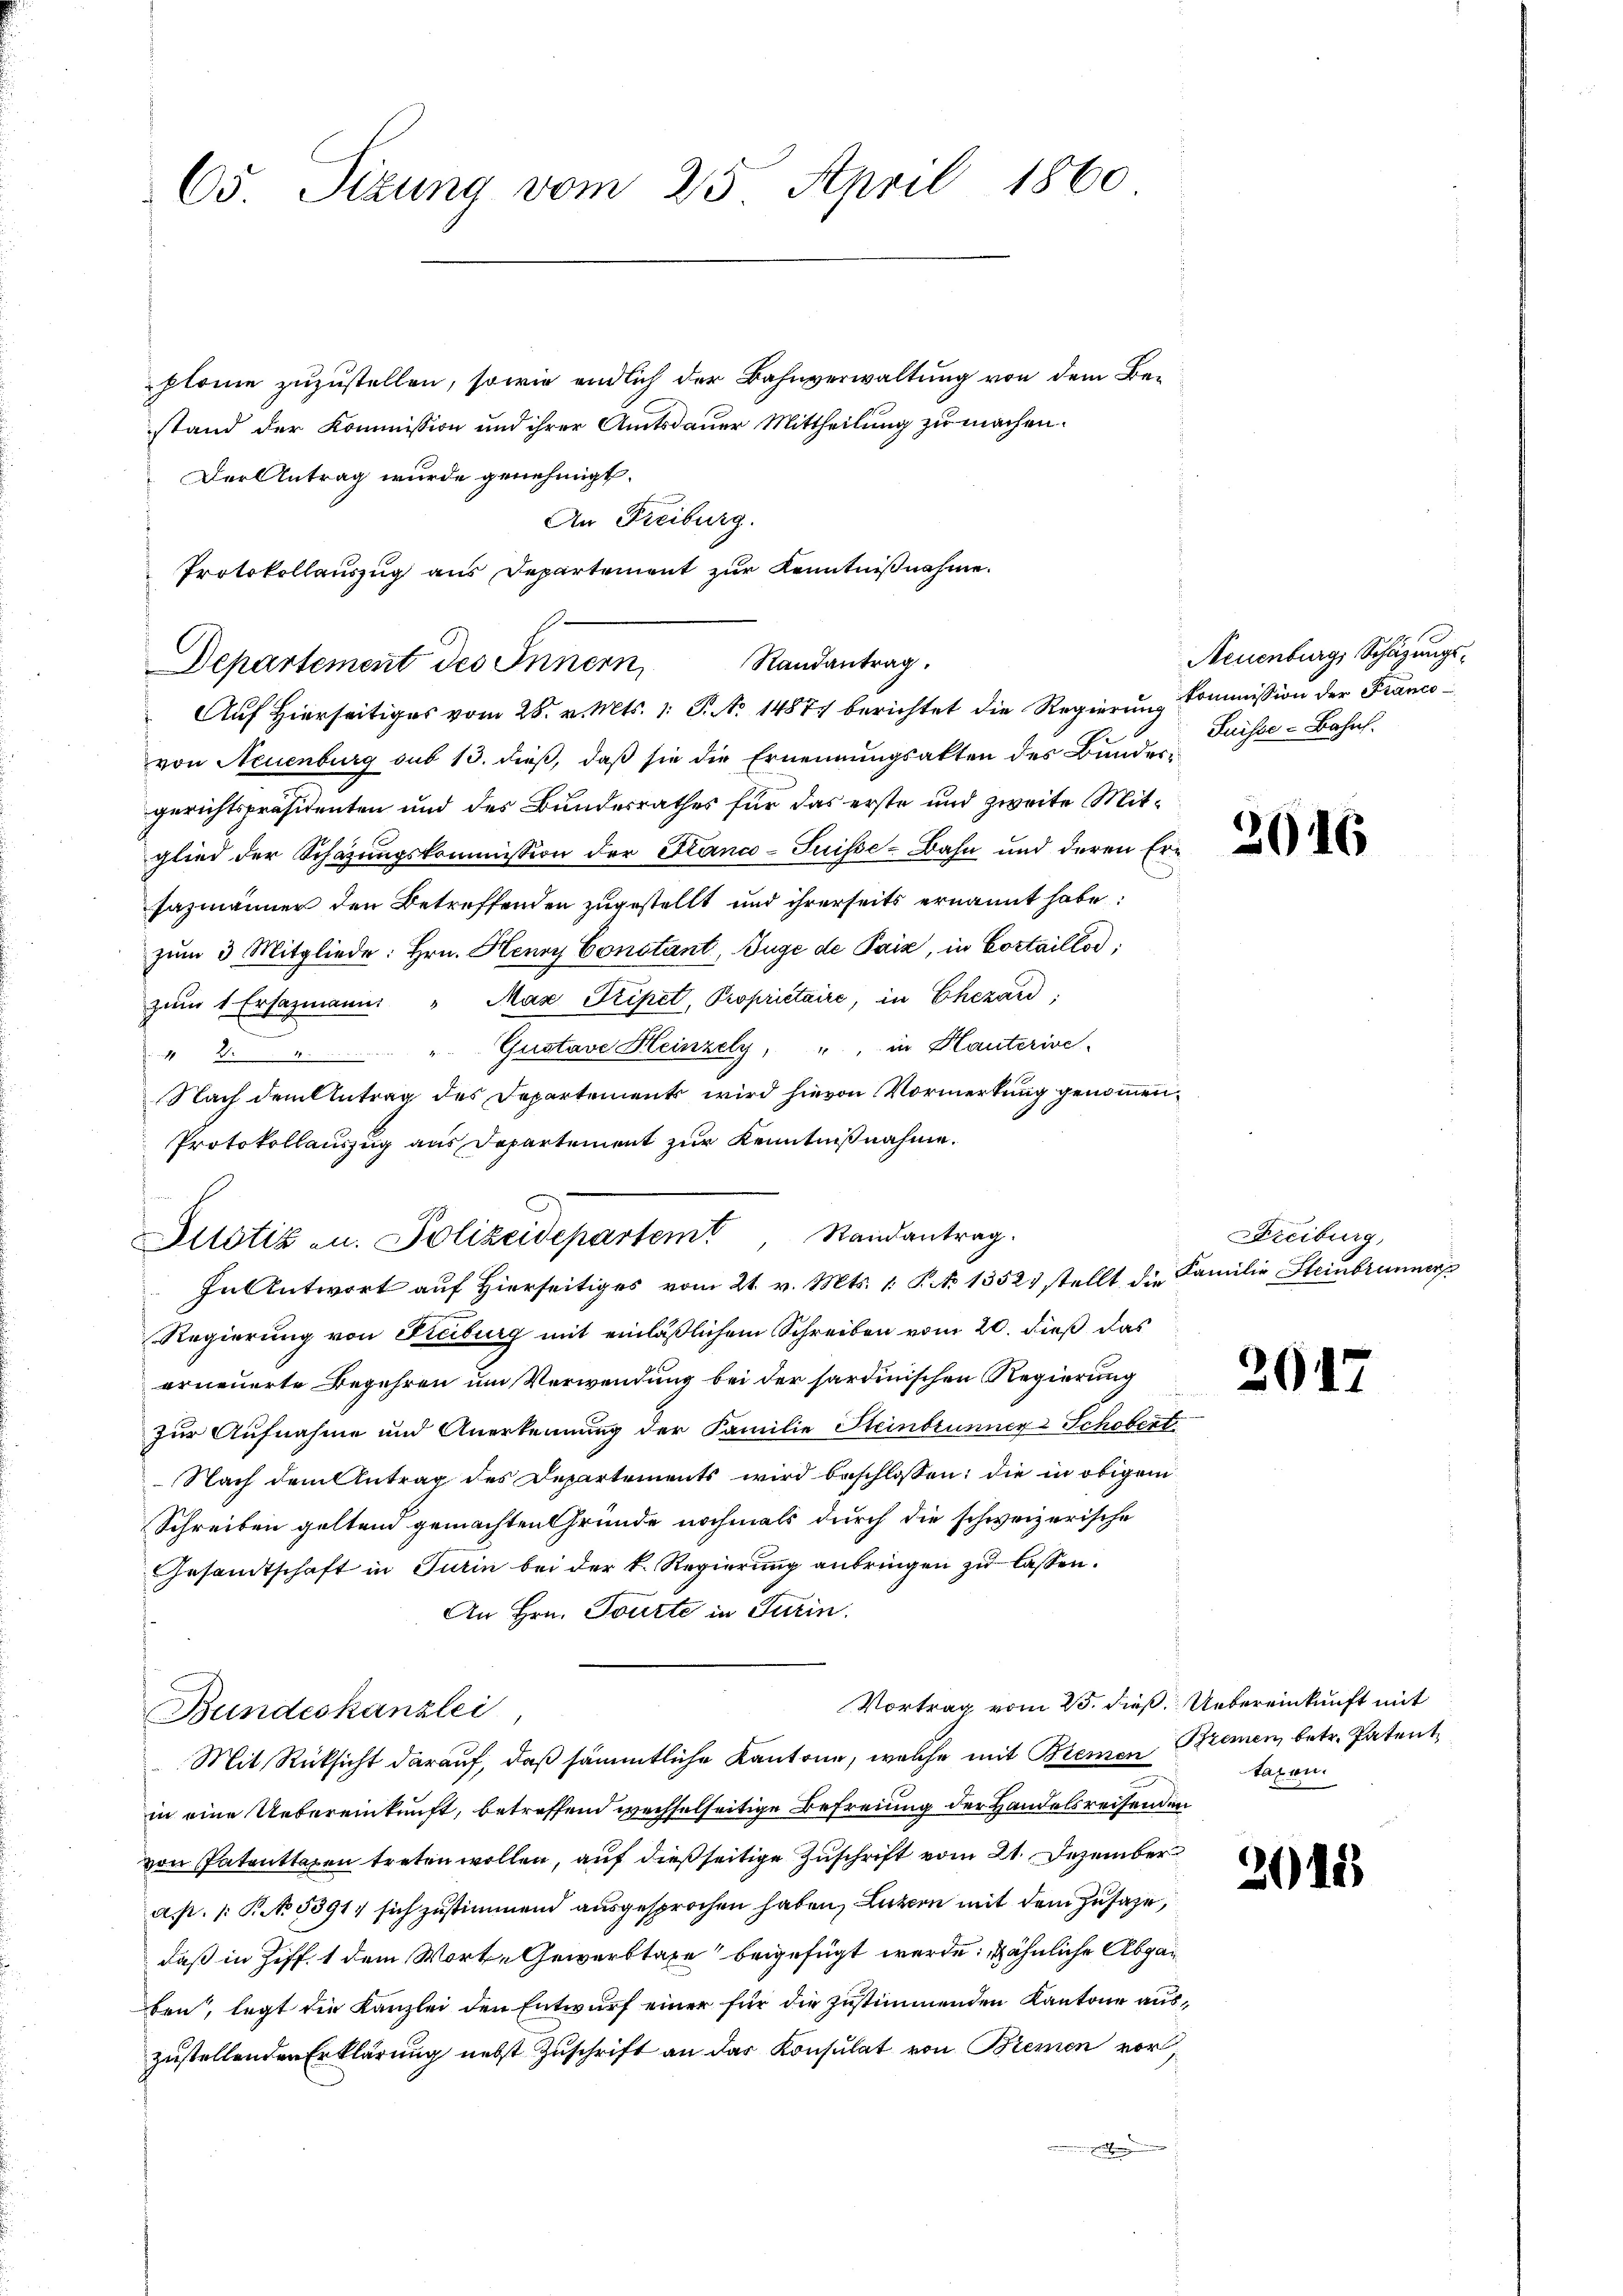
65. Sizung vom 25. April 1860

plome zuzustellen, sowie endlich der Bahnverwaltung von dem Bestand der Kommission und ihrer Amtsdauer Mittheilung zu machen.
Der Antrag wurde genehmigt.
An Freiburg.
Protokollauszug aus Departement zur Kenntnißnahme.
von Neuenburg sub 13. dieß, daß sie die Ernennungsakten des Bundergerichtspräsidenten und des Bundesrathes für das erste und zweite Mitglied der Schazungskommission der Franco-Suisse-Bahn und deren Er¬
Fazmänner den Betreffenden zugestellt und ihrerseits ernannt habe:
zum 3. Mitgliede: Hrn. Henry Constant, Juge de Paix, in Cortaillod
zŭm 1 Ersazmanni " Max Tripet, Propriétaire, in Ehezard,
s
" Gustave Heinzely, " " in Hautcrive
 2
Nach dem Antrag des Departements wird hievon Vormerkung genommen,
Protokollauszug aus Departement zur Kenntnißnahme.
In Antwort auf Hierseitiges vom 21. v. Mts. 1. P. No 1352) stellt die Familie Steinbrunner
Regierung von Freiburg mit einläßlichem Schreiben vom 20. dieß das
erneuerte Begehren um Verwendung bei der sardinischen Regierung
zur Aufnahme und Anerkennung der Familie Steinbrunner Schobert
Nach dem Antrag des Departements wird beschlossen; die in obigem
Schreiben geltend gemachten Gründe nochmals durch die schweizerische
Gesandtschaft in Turin bei der k. Regierung anbringen zu lassen.
An Hrn. Tourte in Turin.
Vortrag vom 25. dieß. Uebereinkunft mit
Bundeskanzlei
Mit Rücksicht darauf, daß sämmtliche Kantone, welche mit Bienen Bremen, betr. Patentin eine Uebereinkunft, betreffend wechselseitige Befreiung der Handelsreisenden
von Patenttaxen treten wollen, auf dießseitige Zuschrift vom 21. Dezember
a. p. 1 S. 5391, sich zustimmend ausgesprochen haben, Luzern mit dem Zusage,
daß in Ziff. 1 dem Worte Gewerbtaxe beigefügt werde; ähnliche Abgaben, legt die Kanzlei den Entwurf einer für die zustimmenden Kantone aus
zustellenden Erklärung nebst Zuschrift an das Konsulat von Bremen vor¬
.

Departement des Innern Randantrag.

Plotiz u. Polizeidepartem Randantrag.

Auf Hierseitiges vom 28. v. Mts. 1. P. No 1487 berichtet die Regierung Commission der Franco¬

Neuenburg, Schazungs¬
Suisse-Bahn.

2016

Freiburg,

20

taxen.

2015